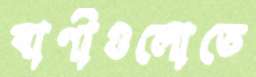
বাণীগুলোতে